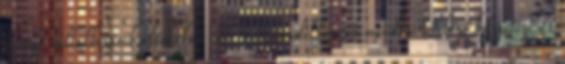
kerülő vállalkozások általában már nem rendelkeznek minden hitelező kifizetéséhez